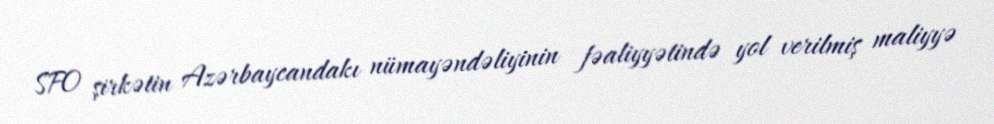
SFO şirkətin Azərbaycandakı nümayəndəliyinin fəaliyyətində yol verilmiş maliyyə